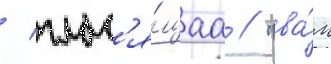
/ глас'я́щаа // "ва́м